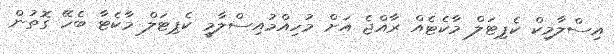
އިސްލާމިކް ކެޕިޓަލް މާކެޓެއް ރާއްޖެ އަށް މުހިއްމުއިސްލާމީ ކެޕިޓަލް މާކެޓާ ބެހޭ ގޮތުން